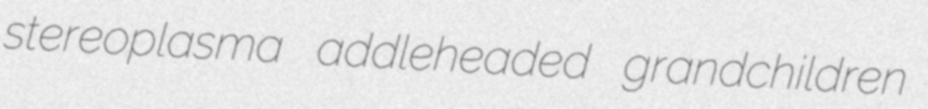
stereoplasma addleheaded grandchildren